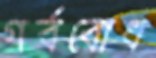
গর্ববোধ